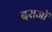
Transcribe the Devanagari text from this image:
दराजों